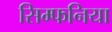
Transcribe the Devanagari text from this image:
सिम्फनिया